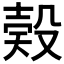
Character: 𣪨